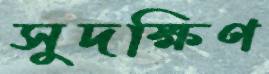
সুদক্ষিণ